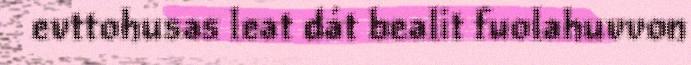
evttohusas leat dát bealit fuolahuvvon